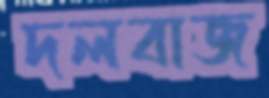
দলবাজ